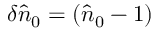
\delta \hat { n } _ { 0 } = ( \hat { n } _ { 0 } - 1 )